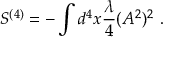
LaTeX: S ^ { ( 4 ) } = - \int d ^ { 4 } x \frac { \lambda } { 4 } ( A ^ { 2 } ) ^ { 2 } \ .